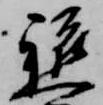
軈